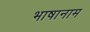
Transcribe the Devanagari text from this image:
भाषानाम